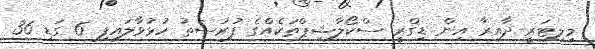
މިލިޓަރީ ދާއިރާ އިން ޑިގްރީ ސްކޯލާޝިޕްތަކެއްގެ ފުރުސަތު ހުޅުވާލައިފި 6 ގަޑި 36